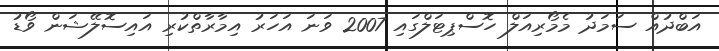
އަބްދުއް ސަމަދު މެމޯރިއަލް ހޮސްޕިޓަލްގައި 2007 ވަނަ އަހަރު އިމާރާތްކުރި އައިސޮލޭޝަން ވޯޑު